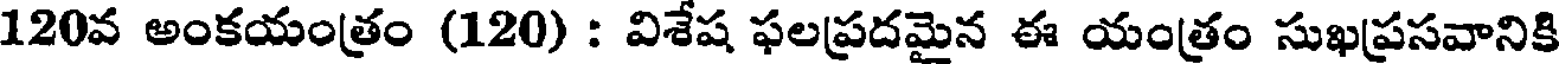
120వ అంకయంత్రం (120) : విశేష ఫలప్రదమైన ఈ యంత్రం సుఖప్రసవానికి